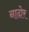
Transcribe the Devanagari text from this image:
नादोर